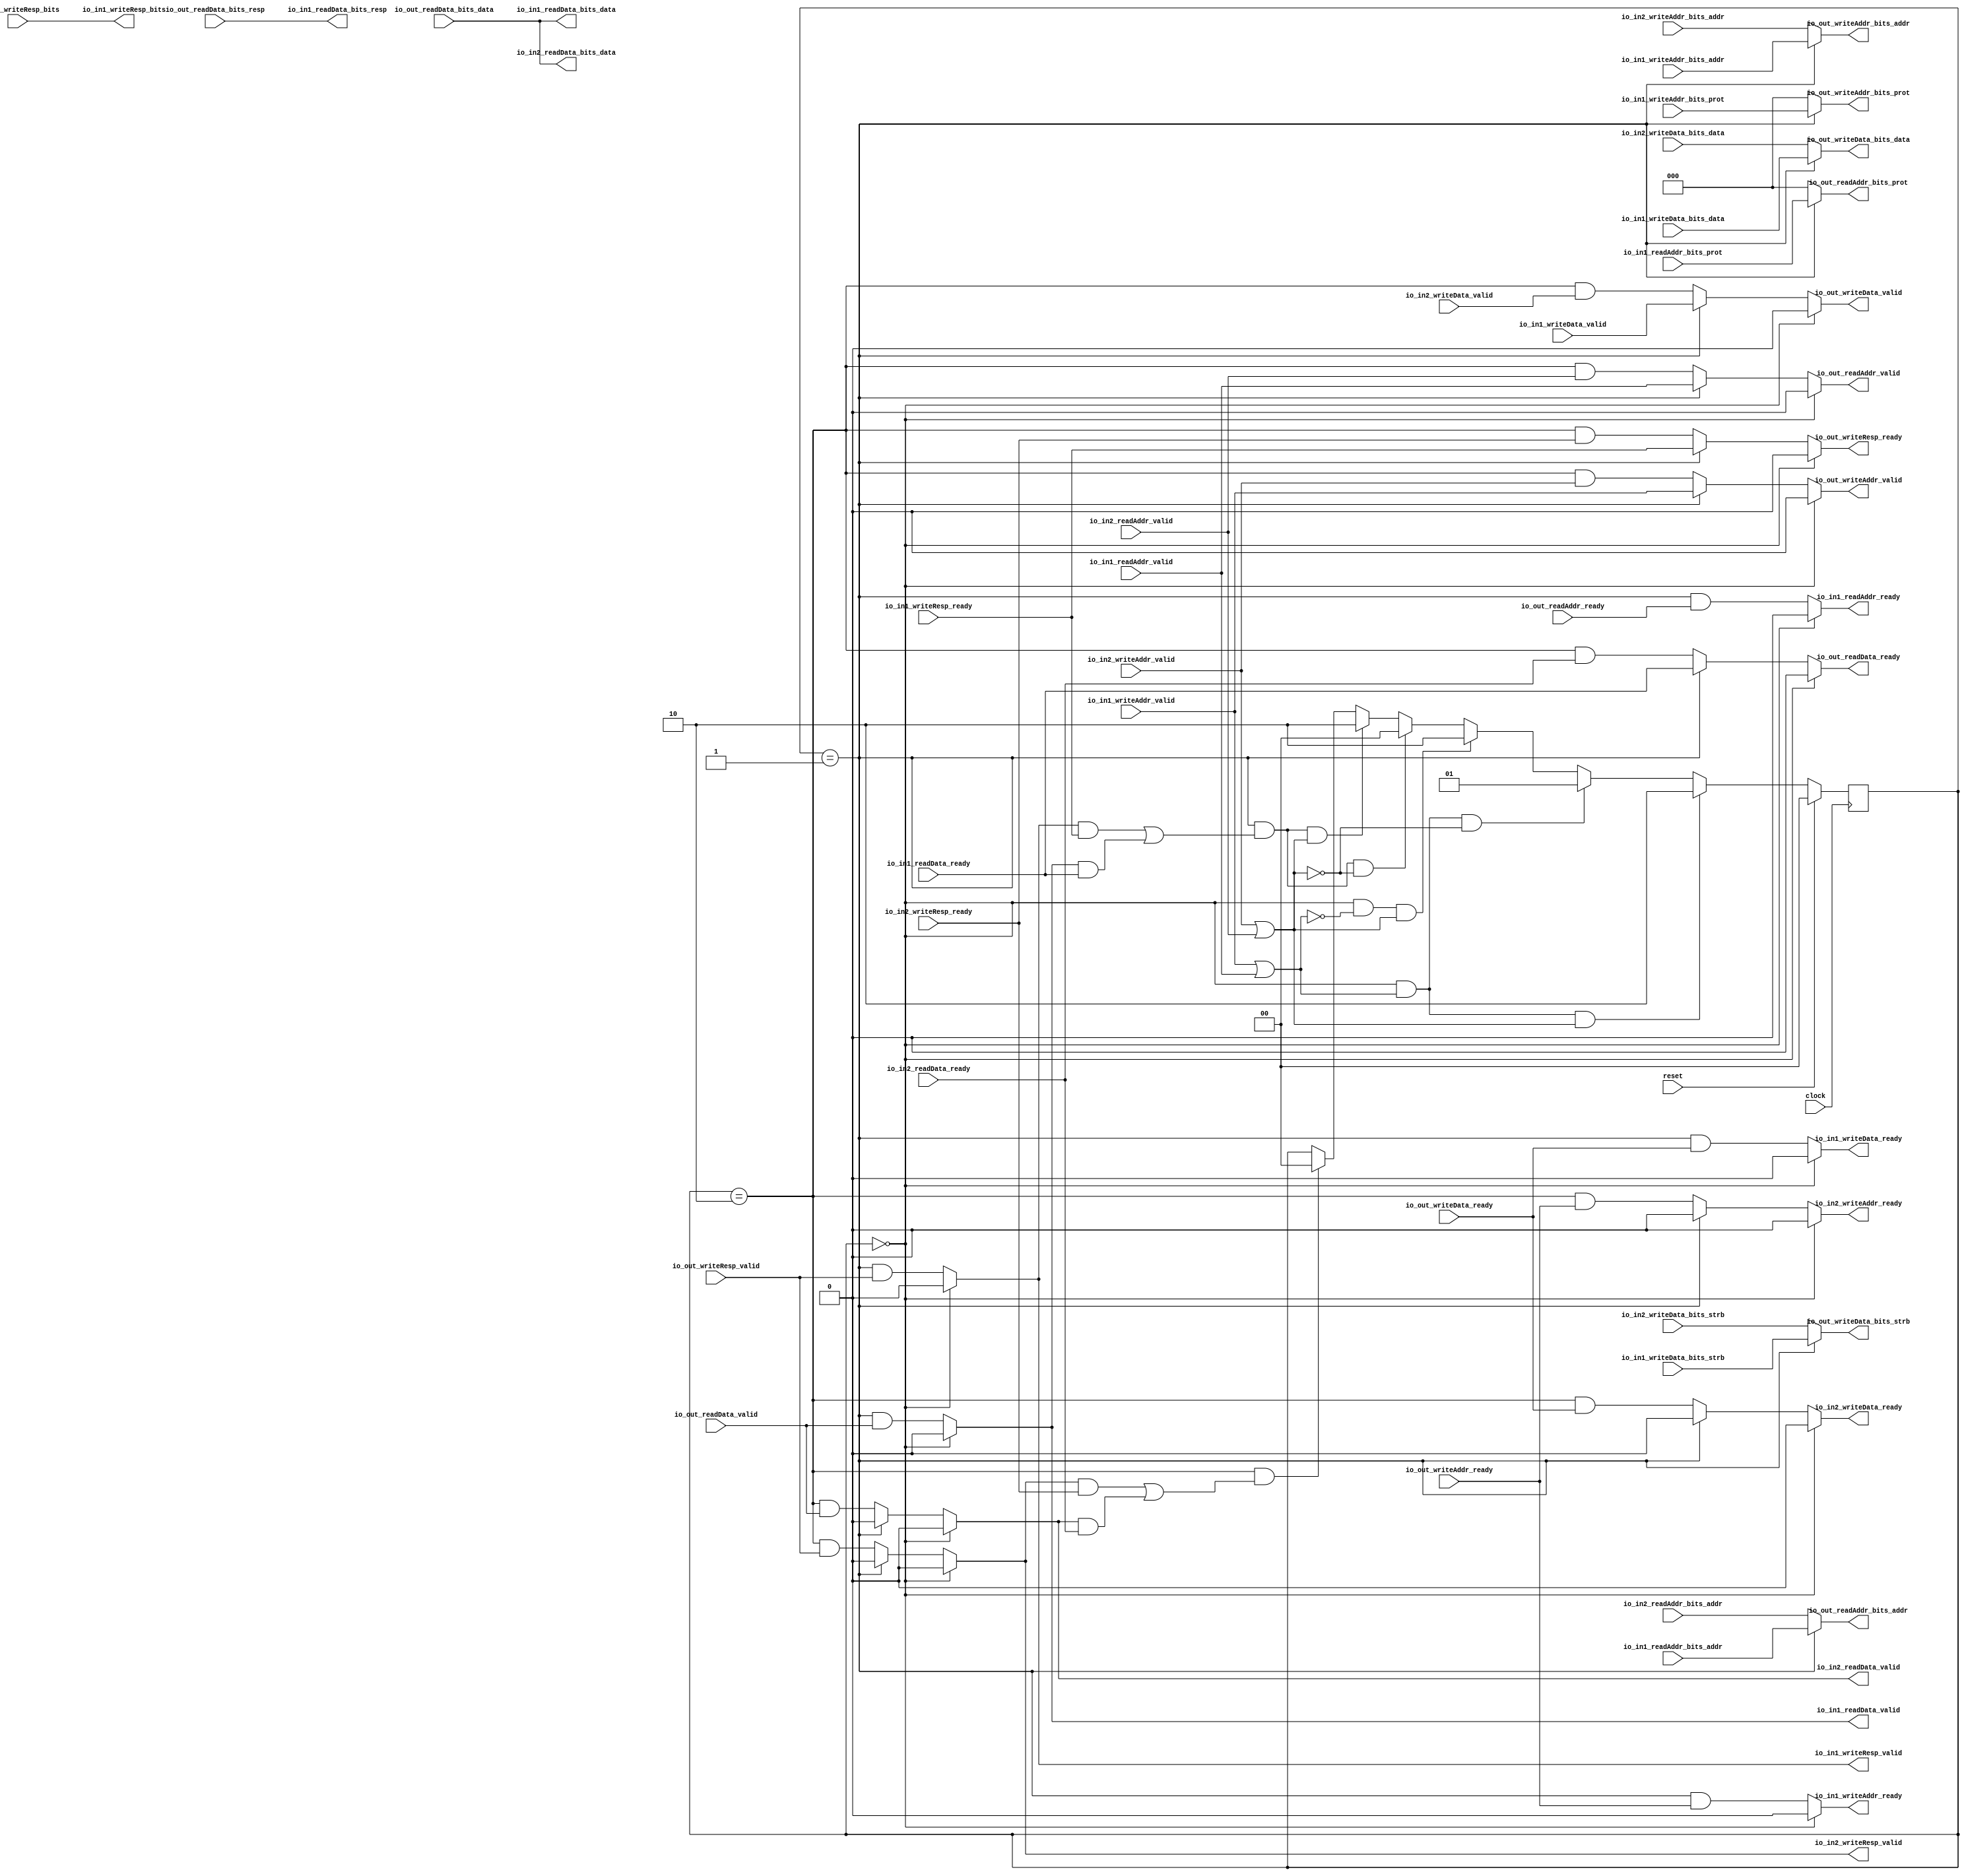
module AXI4Lite_Arbiter(
  input          clock,
  input          reset,
  output         io_in1_readAddr_ready,
  input          io_in1_readAddr_valid,
  input  [63:0]  io_in1_readAddr_bits_addr,
  input  [2:0]   io_in1_readAddr_bits_prot,
  input          io_in1_readData_ready,
  output         io_in1_readData_valid,
  output [127:0] io_in1_readData_bits_data,
  output [1:0]   io_in1_readData_bits_resp,
  output         io_in1_writeAddr_ready,
  input          io_in1_writeAddr_valid,
  input  [63:0]  io_in1_writeAddr_bits_addr,
  input  [2:0]   io_in1_writeAddr_bits_prot,
  output         io_in1_writeData_ready,
  input          io_in1_writeData_valid,
  input  [127:0] io_in1_writeData_bits_data,
  input  [15:0]  io_in1_writeData_bits_strb,
  input          io_in1_writeResp_ready,
  output         io_in1_writeResp_valid,
  output [1:0]   io_in1_writeResp_bits,
  input          io_in2_readAddr_valid,
  input  [63:0]  io_in2_readAddr_bits_addr,
  input          io_in2_readData_ready,
  output         io_in2_readData_valid,
  output [127:0] io_in2_readData_bits_data,
  output         io_in2_writeAddr_ready,
  input          io_in2_writeAddr_valid,
  input  [63:0]  io_in2_writeAddr_bits_addr,
  output         io_in2_writeData_ready,
  input          io_in2_writeData_valid,
  input  [127:0] io_in2_writeData_bits_data,
  input  [15:0]  io_in2_writeData_bits_strb,
  input          io_in2_writeResp_ready,
  output         io_in2_writeResp_valid,
  input          io_out_readAddr_ready,
  output         io_out_readAddr_valid,
  output [63:0]  io_out_readAddr_bits_addr,
  output [2:0]   io_out_readAddr_bits_prot,
  output         io_out_readData_ready,
  input          io_out_readData_valid,
  input  [127:0] io_out_readData_bits_data,
  input  [1:0]   io_out_readData_bits_resp,
  input          io_out_writeAddr_ready,
  output         io_out_writeAddr_valid,
  output [63:0]  io_out_writeAddr_bits_addr,
  output [2:0]   io_out_writeAddr_bits_prot,
  input          io_out_writeData_ready,
  output         io_out_writeData_valid,
  output [127:0] io_out_writeData_bits_data,
  output [15:0]  io_out_writeData_bits_strb,
  output         io_out_writeResp_ready,
  input          io_out_writeResp_valid,
  input  [1:0]   io_out_writeResp_bits
);
`ifdef RANDOMIZE_REG_INIT
  reg [31:0] _RAND_0;
`endif // RANDOMIZE_REG_INIT
  reg [1:0] state; // @[axi_arbiter.scala 13:22]
  wire  in1Request = io_in1_writeAddr_valid | io_in1_readAddr_valid; // @[axi_arbiter.scala 14:43]
  wire  in2Request = io_in2_writeAddr_valid | io_in2_readAddr_valid; // @[axi_arbiter.scala 15:43]
  wire  in1done = io_in1_writeResp_valid & io_in1_writeResp_ready | io_in1_readData_valid & io_in1_readData_ready; // @[axi_arbiter.scala 16:69]
  wire  in2done = io_in2_writeResp_valid & io_in2_writeResp_ready | io_in2_readData_valid & io_in2_readData_ready; // @[axi_arbiter.scala 17:69]
  wire  _state_T = state == 2'h0; // @[axi_arbiter.scala 21:12]
  wire  _state_T_1 = state == 2'h0 & in1Request; // @[axi_arbiter.scala 21:23]
  wire  _state_T_2 = state == 2'h0 & in1Request & in2Request; // @[axi_arbiter.scala 21:37]
  wire  _state_T_5 = ~in2Request; // @[axi_arbiter.scala 22:40]
  wire  _state_T_6 = _state_T_1 & ~in2Request; // @[axi_arbiter.scala 22:37]
  wire  _state_T_10 = _state_T & ~in1Request & in2Request; // @[axi_arbiter.scala 23:38]
  wire  _state_T_11 = state == 2'h1; // @[axi_arbiter.scala 24:12]
  wire  _state_T_12 = state == 2'h1 & in1done; // @[axi_arbiter.scala 24:22]
  wire  _state_T_14 = state == 2'h1 & in1done & _state_T_5; // @[axi_arbiter.scala 24:33]
  wire  _state_T_17 = _state_T_12 & in2Request; // @[axi_arbiter.scala 25:33]
  wire  _state_T_18 = state == 2'h2; // @[axi_arbiter.scala 26:12]
  wire  _state_T_19 = state == 2'h2 & in2done; // @[axi_arbiter.scala 26:22]
  wire [1:0] _state_T_20 = _state_T_19 ? 2'h0 : state; // @[Mux.scala 101:16]
  wire [1:0] _state_T_21 = _state_T_17 ? 2'h2 : _state_T_20; // @[Mux.scala 101:16]
  wire [1:0] _state_T_22 = _state_T_14 ? 2'h0 : _state_T_21; // @[Mux.scala 101:16]
  wire  _GEN_1 = _state_T_18 & io_in2_readAddr_valid; // @[axi_arbiter.scala 56:30 57:12 78:27]
  wire  _GEN_4 = _state_T_18 & io_in2_readData_ready; // @[axi_arbiter.scala 56:30 57:12 79:27]
  wire  _GEN_5 = _state_T_18 & io_out_readData_valid; // @[axi_arbiter.scala 56:30 57:12 74:27]
  wire  _GEN_8 = _state_T_18 & io_out_writeAddr_ready; // @[axi_arbiter.scala 56:30 57:12 75:28]
  wire  _GEN_9 = _state_T_18 & io_in2_writeAddr_valid; // @[axi_arbiter.scala 56:30 57:12 80:28]
  wire  _GEN_12 = _state_T_18 & io_out_writeData_ready; // @[axi_arbiter.scala 56:30 57:12 76:28]
  wire  _GEN_13 = _state_T_18 & io_in2_writeData_valid; // @[axi_arbiter.scala 56:30 57:12 81:28]
  wire  _GEN_16 = _state_T_18 & io_in2_writeResp_ready; // @[axi_arbiter.scala 56:30 57:12 82:28]
  wire  _GEN_17 = _state_T_18 & io_out_writeResp_valid; // @[axi_arbiter.scala 56:30 57:12 77:28]
  wire  _GEN_20 = _state_T_11 & io_out_readAddr_ready; // @[axi_arbiter.scala 47:30 48:12]
  wire  _GEN_21 = _state_T_11 ? io_in1_readAddr_valid : _GEN_1; // @[axi_arbiter.scala 47:30 48:12]
  wire  _GEN_24 = _state_T_11 ? io_in1_readData_ready : _GEN_4; // @[axi_arbiter.scala 47:30 48:12]
  wire  _GEN_25 = _state_T_11 & io_out_readData_valid; // @[axi_arbiter.scala 47:30 48:12]
  wire  _GEN_28 = _state_T_11 & io_out_writeAddr_ready; // @[axi_arbiter.scala 47:30 48:12]
  wire  _GEN_29 = _state_T_11 ? io_in1_writeAddr_valid : _GEN_9; // @[axi_arbiter.scala 47:30 48:12]
  wire  _GEN_32 = _state_T_11 & io_out_writeData_ready; // @[axi_arbiter.scala 47:30 48:12]
  wire  _GEN_33 = _state_T_11 ? io_in1_writeData_valid : _GEN_13; // @[axi_arbiter.scala 47:30 48:12]
  wire  _GEN_36 = _state_T_11 ? io_in1_writeResp_ready : _GEN_16; // @[axi_arbiter.scala 47:30 48:12]
  wire  _GEN_37 = _state_T_11 & io_out_writeResp_valid; // @[axi_arbiter.scala 47:30 48:12]
  wire  _GEN_40 = _state_T_11 ? 1'h0 : _GEN_17; // @[axi_arbiter.scala 47:30 54:28]
  wire  _GEN_41 = _state_T_11 ? 1'h0 : _GEN_12; // @[axi_arbiter.scala 47:30 53:28]
  wire  _GEN_42 = _state_T_11 ? 1'h0 : _GEN_8; // @[axi_arbiter.scala 47:30 52:28]
  wire  _GEN_45 = _state_T_11 ? 1'h0 : _GEN_5; // @[axi_arbiter.scala 47:30 51:27]
  assign io_in1_readAddr_ready = _state_T ? 1'h0 : _GEN_20; // @[axi_arbiter.scala 28:25 32:27]
  assign io_in1_readData_valid = _state_T ? 1'h0 : _GEN_25; // @[axi_arbiter.scala 28:25 33:27]
  assign io_in1_readData_bits_data = io_out_readData_bits_data; // @[axi_arbiter.scala 47:30 48:12]
  assign io_in1_readData_bits_resp = io_out_readData_bits_resp; // @[axi_arbiter.scala 47:30 48:12]
  assign io_in1_writeAddr_ready = _state_T ? 1'h0 : _GEN_28; // @[axi_arbiter.scala 28:25 34:28]
  assign io_in1_writeData_ready = _state_T ? 1'h0 : _GEN_32; // @[axi_arbiter.scala 28:25 35:28]
  assign io_in1_writeResp_valid = _state_T ? 1'h0 : _GEN_37; // @[axi_arbiter.scala 28:25 36:28]
  assign io_in1_writeResp_bits = io_out_writeResp_bits; // @[axi_arbiter.scala 47:30 48:12]
  assign io_in2_readData_valid = _state_T ? 1'h0 : _GEN_45; // @[axi_arbiter.scala 28:25 38:27]
  assign io_in2_readData_bits_data = io_out_readData_bits_data; // @[axi_arbiter.scala 56:30 57:12]
  assign io_in2_writeAddr_ready = _state_T ? 1'h0 : _GEN_42; // @[axi_arbiter.scala 28:25 39:28]
  assign io_in2_writeData_ready = _state_T ? 1'h0 : _GEN_41; // @[axi_arbiter.scala 28:25 40:28]
  assign io_in2_writeResp_valid = _state_T ? 1'h0 : _GEN_40; // @[axi_arbiter.scala 28:25 41:28]
  assign io_out_readAddr_valid = _state_T ? 1'h0 : _GEN_21; // @[axi_arbiter.scala 28:25 42:27]
  assign io_out_readAddr_bits_addr = _state_T_11 ? io_in1_readAddr_bits_addr : io_in2_readAddr_bits_addr; // @[axi_arbiter.scala 47:30 48:12]
  assign io_out_readAddr_bits_prot = _state_T_11 ? io_in1_readAddr_bits_prot : 3'h0; // @[axi_arbiter.scala 47:30 48:12]
  assign io_out_readData_ready = _state_T ? 1'h0 : _GEN_24; // @[axi_arbiter.scala 28:25 43:27]
  assign io_out_writeAddr_valid = _state_T ? 1'h0 : _GEN_29; // @[axi_arbiter.scala 28:25 44:28]
  assign io_out_writeAddr_bits_addr = _state_T_11 ? io_in1_writeAddr_bits_addr : io_in2_writeAddr_bits_addr; // @[axi_arbiter.scala 47:30 48:12]
  assign io_out_writeAddr_bits_prot = _state_T_11 ? io_in1_writeAddr_bits_prot : 3'h0; // @[axi_arbiter.scala 47:30 48:12]
  assign io_out_writeData_valid = _state_T ? 1'h0 : _GEN_33; // @[axi_arbiter.scala 28:25 45:28]
  assign io_out_writeData_bits_data = _state_T_11 ? io_in1_writeData_bits_data : io_in2_writeData_bits_data; // @[axi_arbiter.scala 47:30 48:12]
  assign io_out_writeData_bits_strb = _state_T_11 ? io_in1_writeData_bits_strb : io_in2_writeData_bits_strb; // @[axi_arbiter.scala 47:30 48:12]
  assign io_out_writeResp_ready = _state_T ? 1'h0 : _GEN_36; // @[axi_arbiter.scala 28:25 46:28]
  always @(posedge clock) begin
    if (reset) begin // @[axi_arbiter.scala 13:22]
      state <= 2'h0; // @[axi_arbiter.scala 13:22]
    end else if (_state_T_2) begin // @[Mux.scala 101:16]
      state <= 2'h2;
    end else if (_state_T_6) begin // @[Mux.scala 101:16]
      state <= 2'h1;
    end else if (_state_T_10) begin // @[Mux.scala 101:16]
      state <= 2'h2;
    end else begin
      state <= _state_T_22;
    end
  end
// Register and memory initialization
`ifdef RANDOMIZE_GARBAGE_ASSIGN
`define RANDOMIZE
`endif
`ifdef RANDOMIZE_INVALID_ASSIGN
`define RANDOMIZE
`endif
`ifdef RANDOMIZE_REG_INIT
`define RANDOMIZE
`endif
`ifdef RANDOMIZE_MEM_INIT
`define RANDOMIZE
`endif
`ifndef RANDOM
`define RANDOM $random
`endif
`ifdef RANDOMIZE_MEM_INIT
  integer initvar;
`endif
`ifndef SYNTHESIS
`ifdef FIRRTL_BEFORE_INITIAL
`FIRRTL_BEFORE_INITIAL
`endif
initial begin
  `ifdef RANDOMIZE
    `ifdef INIT_RANDOM
      `INIT_RANDOM
    `endif
    `ifndef VERILATOR
      `ifdef RANDOMIZE_DELAY
        #`RANDOMIZE_DELAY begin end
      `else
        #0.002 begin end
      `endif
    `endif
`ifdef RANDOMIZE_REG_INIT
  _RAND_0 = {1{`RANDOM}};
  state = _RAND_0[1:0];
`endif // RANDOMIZE_REG_INIT
  `endif // RANDOMIZE
end // initial
`ifdef FIRRTL_AFTER_INITIAL
`FIRRTL_AFTER_INITIAL
`endif
`endif // SYNTHESIS
endmodule